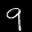
Label: 9